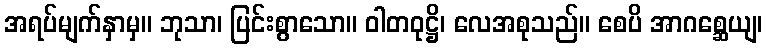
အရပ်မျက်နှာမှ။ ဘုသာ၊ ပြင်းစွာသော။ ဝါတဝုဋ္ဌိ၊ လေအစုသည်။ စေပိ အာဂစ္ဆေယျ၊